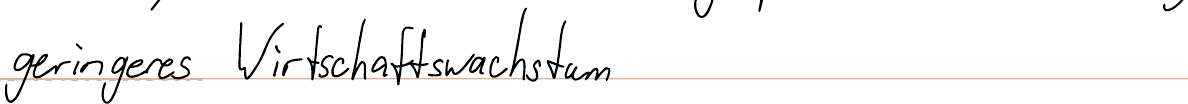
geringeres Wirtschaftswachstum